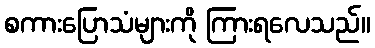
စကားပြောသံများကို ကြားရလေသည်။